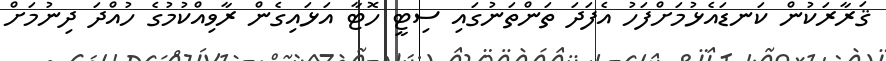
ޤަރާރަކުން ކަނޑައެޅުމަށްފަހު އެފަދަ ތަންތަނުގައި ސިޓީ ހޮޓާ އަޅައިގެން ރާވިއްކުމުގެ ހުއްދަ ދިނުމަށް